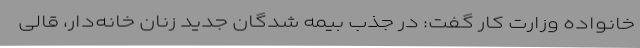
خانواده وزارت کار گفت: در جذب بیمه شدگان جدید زنان خانه‌دار، قالی